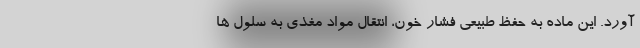
آورد. این ماده به حفظ طبیعی فشار خون، انتقال مواد مغذی به سلول ها